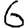
Digit: 6